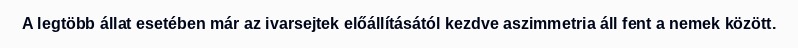
A legtöbb állat esetében már az ivarsejtek előállításától kezdve aszimmetria áll fent a nemek között.